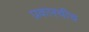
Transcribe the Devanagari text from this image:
प्रकारचीच